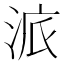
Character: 𱦩